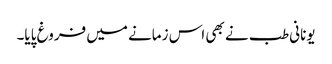
یونانی طب نے بھی اس زمانے میں فروغ پایا۔